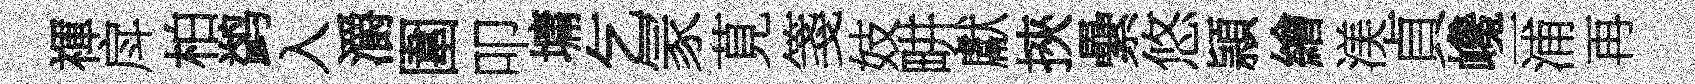
禈戽柏鹢入灂圍叩墉乞冡莧箋妓畊獻挾纍悠頴繪渼貞巉一浦再